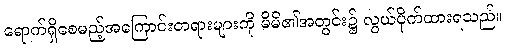
ရောက်ရှိစေမည့်အကြောင်းတရားများကို မိမိ၏အတွင်း၌ လွယ်ပိုက်ထားရသည်။